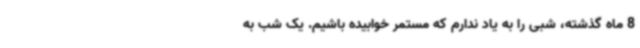
8 ماه گذشته، شبی را به یاد ندارم که مستمر خوابیده باشیم. یک شب به